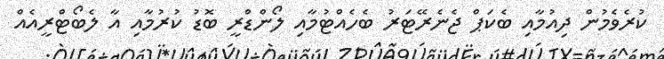
ކުރެވެމުން ދިއުމާއި ބެކަޕް ޖެނެރޭޓަރު ބެހެއްޓުމާއި ލޯންޑްރީ ބޮޑު ކުރުމާއި އާ ލެބޯޓްރީއެއް